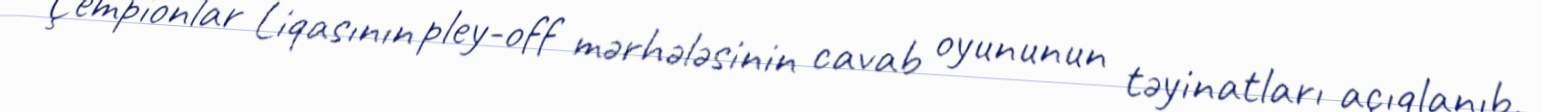
Çempionlar Liqasının pley-off mərhələsinin cavab oyununun təyinatları açıqlanıb.